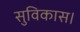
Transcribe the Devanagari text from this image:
सुविकास।